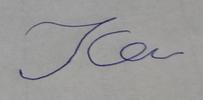
Signature authenticity: forged